Insane asylums in Bengal annual reports 1876-1887 - 1876-1887
Year: 1876
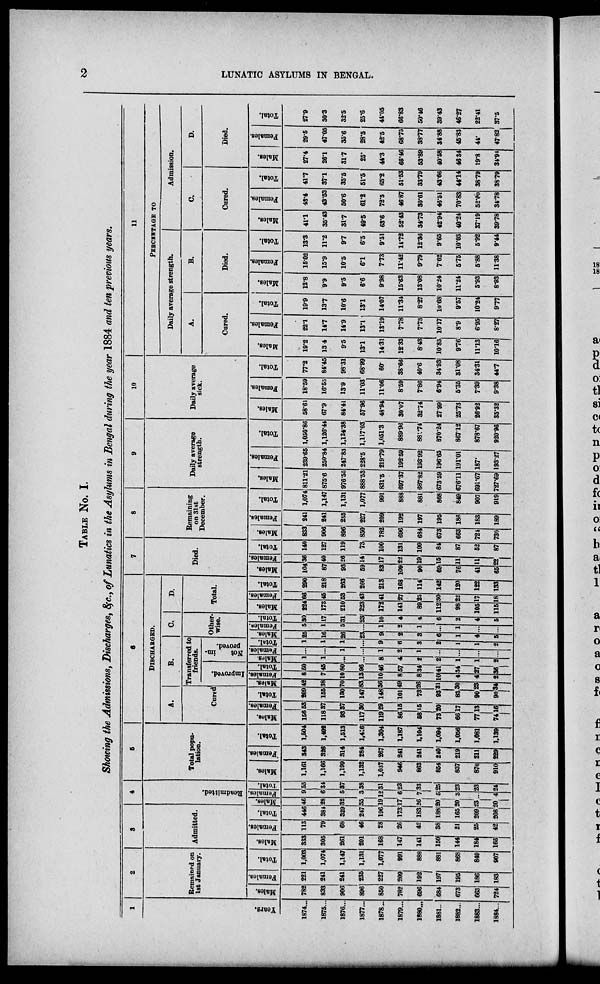
2
LUNATIC ASYLUMS IN BENGAL.
TABLE No. I.
Showing the Admissions, Discharges, &c., of Lunatics in the Asylums in Bengal during the year 1884 and ten previous years.
1
Years.
1874...
1875...
1876...
1877...
1878...
1879...
1880...
1881..
1882...
1883...
1884...
2
Remained on
1st January.
Males.
782
833
906
896
850
782
696
684
673
663
724
Females.
221
241
241
235
227
209
192
197
195
186
183
Total.
1,003
1,074
1,147
1,131
1.077
991
888
881
868
849
907
3
Admitted.
Males.
333
305
261
201
168
147
141
150
144
184
166
Females.
113
79
68
46
28
26
42
38
21
25
42
Total.
446
384
329
247
196
173
183
188
165
209
208
4
Readmitted.
Males.
46
28
32
35
19
17
26
20
20
23
20
Females.
9
6
5
3
12
6
7
5
3
...
4
Total.
55
34
37
38
31
23
33
25
23
23
24
5
Total popu-
lation.
Males.
1,161
1,166
1,199
1,132
1,037
946
863
854
837
870
910
Females.
343
326
314
284
267
241
241
240
219
211
229
Total.
1,504
1,492
1,513
1,416
1,304
1,187
1,104
1,094
1,056
1,081
1,139
6
DISCHARGED.
A.
Cured
Males.
156
118
93
117
119
86
58
73
66 77
74
Females.
53
37
37
30
29
15
15
20
17
13
1
Total.
209
155
130
147
148
101
73
93
83
90
90
B.
Transferred to
friends.
Improved.
Males.
42
38
70
83
36
49
26
31
30
23
34
Females.
8
7
10
13
10
8
8
10
4
4
2
Total.
50
45
80
96
46
57
34
41
34
27
35
Not
im-
proved.
Males.
1
1
...
...
8
4
2
2
1
1
2
Females.
...
...
1
...
1
2
1
...
...
...
...
Total.
1
1
1
...
9
6
3
2
1
1
2
C.
Other-
wise.
Males.
25
16
26
23
9
2
3
6
1
4
5
Females.
5
1
5
...
1
2
1
...
1
...
...
Total.
30
17
31
23
10
4
4
6
2
4
5
D.
Total.
Males.
224
173
210
223
172
141
89
112
98
105
115
Females.
66
45
53
43
41
27
85
30
22
17
18
Total.
290
218
263
266
213
168
114
142
120
122
133
7
Died.
Males.
104
87
93
59
83
109
90
69
76
41
65
Females.
36
40
26
14
17
22
19
15
11
11
22
Total.
140
127
119
73
100
131
109
84
87
52
87
8
Remaining
on 31st
December.
Males.
833
906
896
850
782
696
684
673
663
724
730
Females.
241
241
235
227
209
192
197
195
186
183
189
Total.
1,074
1,147
1,131
1,077
991
888
881
868
849
907
919
9
Daily average
strength.
Males.
811.21
875.6
976.55
888.53
831.5
697.37
687.82
673.59
676.11
691.67
727.69
Females.
239.65
250.84
247.83
228.5
219.79
192.59
193.92
196.65
191.01
187.
193.27
Total.
1,050.86
1,126.44
1,124.38
1,117.03
1,051.3
889.96
881.74
870.24
867.12
878.67
920.96
10
Daily average
sick.
Males.
58.61
67.9
84.41
57.96
48.94
30.07
32.74
27.99
25.73
26.92
35.32
Females.
18.59
16.55
13.9
11.03
11.06
8.59
7.86
6.94
5.35
7.39
9.38
Total.
77.2
84.45
98.31
68.99
60.
38.66
40.6
34.93
31.08
34.31
44.7
11
PERCENTAGE TO
Daily average strength.
A.
Cured.
Males.
19.2
13.4
9.5
13.1
14.31
12.33
8.43
10.83
9.76
11.13
10.16
Females.
22.1
14.7
14.9
13.1
13.19
7.78
7.73
10.17
8.9
6.95
8.27
Total.
19.9
13.7
10.6
13.1
14.07
11.34
8.27
10.68
9.57
10.24
9.77
B.
Died.
Males.
12.8
9.9
9.5
6.6
9.98
15.63
13.08
10.24
11.24
5.93
8.93
Females.
15.02
15.9
10.5
6.1
7.73
11.42
9.79
7.62
5.75
5.88
11.38
Total.
13.3
11.2
9.7
6.5
9.51
14.72
12.36
9.65
10.03
5.92
9.44
Admission.
C.
Cured.
Males.
41.1
35.43
31.7
49.5
63.6
52.43
34.73
42.94
40.24
37.19
39.78
Females.
43.4
43.53
50.6
61.2
72.5
46.87
30.61
46.51
70.83
52.00
34.78
Total.
41.7
37.1
35.5
51.5
65.2
51.53
33.79
43.66
44.14
38.79
38.79
D.
Died.
Males.
27.4
26.1
31.7
25.
44.3
66.46
53.89
40.58
46.34
19.8
34.94
Females.
29.5
47.05
35.6
28.5
42.5
68.75
38.77
34.88
45.83
44.
47.82
Total.
27.9
30.3
32.5
25.6
44.05
66.83
50.46
39.43
46.27
22.41
37.5